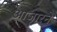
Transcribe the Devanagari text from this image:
आजारने